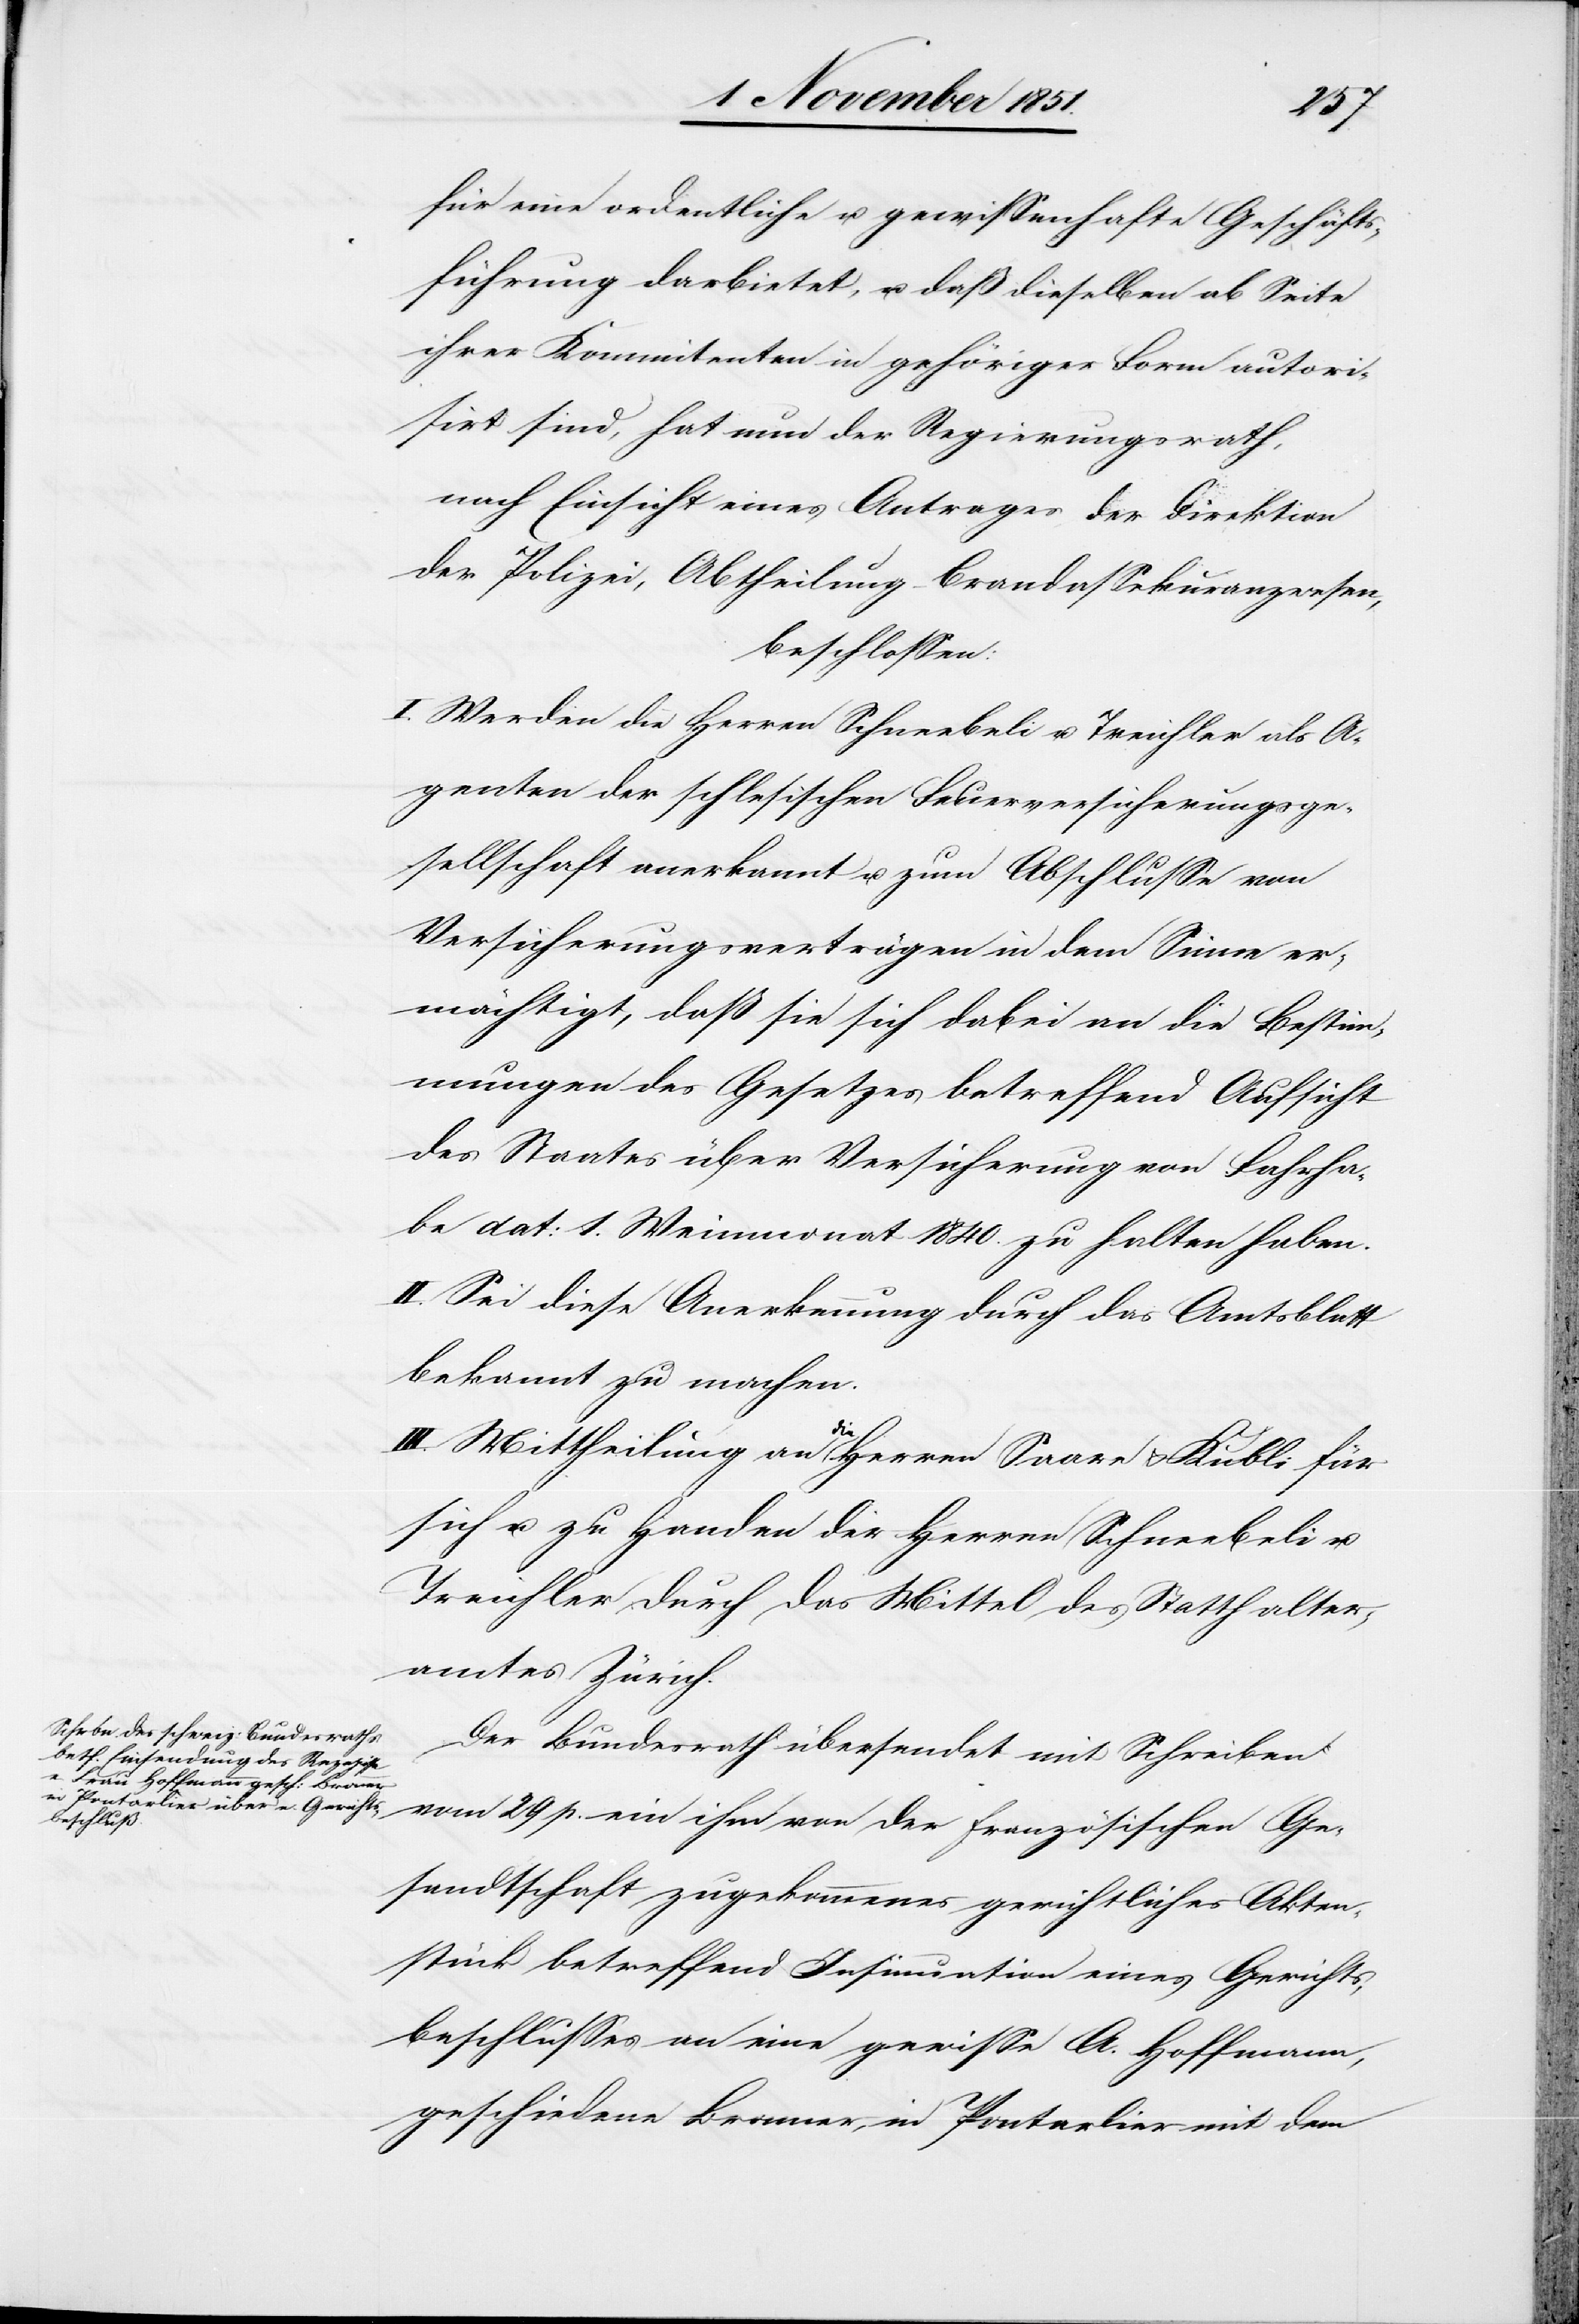
für eine ordentliche u. gewissenhafte Geschäfts¬
führung darbietet, u. daß dieselben ab Seite
ihrer Kommitenten in gehöriger Form autori¬
sirt sind, hat nun der Regierungsrath,
nach Einsicht eines Antrages der Direktion
der Polizei, Abtheilung – Brandassekuranzwesen,
beschlossen:
I. Werden die Herren Schneebeli u. Treichler als A¬
genten der schlesischen Feuerversicherungsge¬
sellschaft anerkannt u. zum Abschlusse von
Versicherungsverträgen in dem Sinne er¬
mächtigt, daß sie sich dabei an die Bestim¬
mungen des Gesetzes betreffend Aufsicht
des Staates über Versicherung von Fahrha¬
be dat: 1. Weinmonat 1840. zu halten haben.
II. Sei diese Anerkennung durch das Amtsblatt
bekannt zu machen.
III. Mitheilung an die Herren Saare & Kubli für
sich u. zu Handen der Herren Schneebeli u.
Treichler durch das Mittel des Statthalter¬
amtes Zürich.
Der Bundesrath übersendet mit Schreiben
vom 29 p. ein ihm von der französischen Ge¬
sandtschaft zugekommenes gerichtliches Akten¬
stück betreffend Insinuation eines Gerichts¬
beschlusses an eine gewisse A. Hoffmann,
geschiedene Bronner, in Pontarlier mit dem